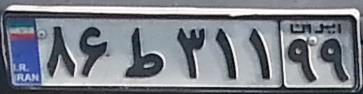
۸۶ط۳۱۱۹۹